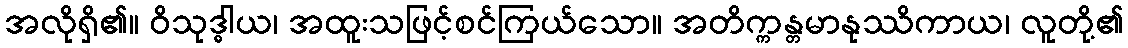
အလိုရှိ၏။ ဝိသုဒ္ဓါယ၊ အထူးသဖြင့်စင်ကြယ်သော။ အတိက္ကန္တမာနုဿိကာယ၊ လူတို့၏